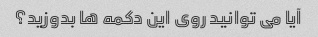
آیا می توانید روی این دکمه ها بدوزید؟